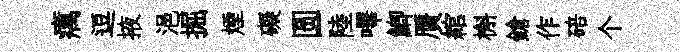
癘逗掖浥掘煙礙圆陸嗶鯽贋綰槲鎗作碚个